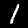
Label: 1